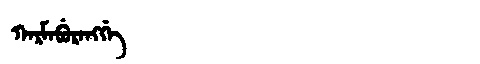
Manchu: ᡴᠠᡵᠮᠠᠪᡠᡵᠠᠩᡤᡝ
Romanization: KARMABURANGGE